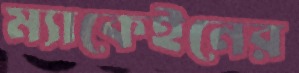
ম্যাকেইনের